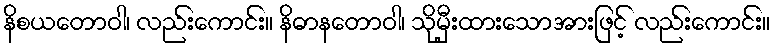
နိစယတောဝါ၊ လည်းကောင်း။ နိဓာနတောဝါ၊ သိုမှီးထားသောအားဖြင့် လည်းကောင်း။